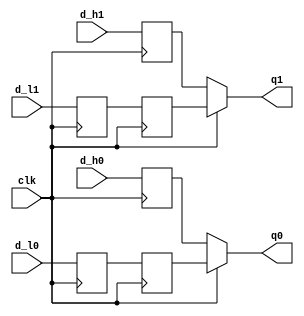
// Copyright 2009 Altera Corporation. All rights reserved.  
// Your use of Altera Corporation's design tools, logic functions and other software and tools, and its AMPP partner logic 
// functions, and any output files any of the foregoing (including device programming or simulation files), and any associated 
// documentation or information are expressly subject to the terms and conditions of the Altera Program License Subscription 
// Agreement, Altera MegaCore Function License Agreement, or other applicable license agreement, including, without limitation, 
// that your use is for the sole purpose of programming logic devices manufactured by Altera and sold by Altera or its authorized 
// distributors.  Please refer to the applicable agreement for further details.

module ddr2_v10_1_0002_hr_to_fr(
	clk,
	d_h0,
	d_h1,
	d_l0,
	d_l1,
	q0,
	q1
);

input	clk;
input	d_h0;
input	d_h1;
input	d_l0;
input	d_l1;
output	q0;
output	q1;

reg	q_h0;
reg	q_h1;
reg	q_l0;
reg	q_l1;
reg	q_l0_neg;
reg	q_l1_neg;

	always @(posedge clk)
	begin
		q_h0 <= d_h0;
		q_l0 <= d_l0;
		q_h1 <= d_h1;
		q_l1 <= d_l1;
	end

	always @(negedge clk)
	begin
		q_l0_neg <= q_l0;
		q_l1_neg <= q_l1;
	end

	assign q0 = clk ? q_l0_neg : q_h0;
	assign q1 = clk ? q_l1_neg : q_h1;

endmodule